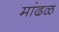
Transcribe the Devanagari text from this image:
मांढळ